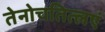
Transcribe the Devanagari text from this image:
तेनोचतित्लएं